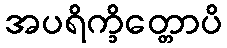
အပရိက္ခိတ္တောပိ